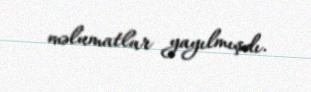
məlumatlar yayılmışdı.